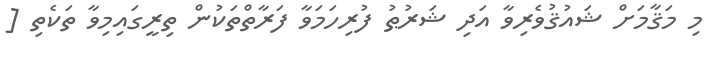
މި މަޤާމަށް ޝައުޤުވެރިވާ އަދި ޝަރުޠު ފުރިހަމަވާ ފަރާތްތަކުން ތިރީގައިމިވާ ތަކެތި [